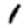
Digit: 1